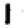
Digit: 1